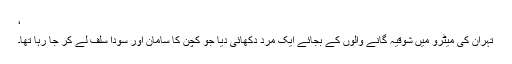
‘
تہران کی میٹرو میں شوقیہ گانے والوں کے بجائے ایک مرد دکھائی دیا جو کچن کا سامان اور سودا سلف لے کر جا رہا تھا۔